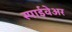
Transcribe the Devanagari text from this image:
स्पाईवेअर